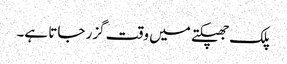
پلک جھپکتے میں وقت گزر جاتا ہے۔